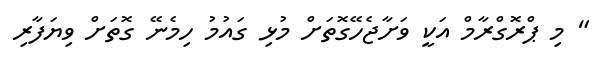
" މި ޕްރޮގްރާމް އަކީ ވަށާޖެހޭގޮތަށް މުޅި ގައުމު ހިމެނޭ ގޮޮތަށް ވިޔަފާރި